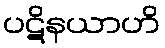
ပဋိနယာဟိ